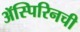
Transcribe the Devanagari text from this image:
ॲस्पिरिनची